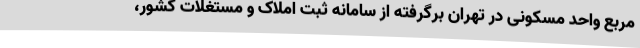
مربع واحد مسکونی در تهران برگرفته از سامانه ثبت املاک و مستغلات کشور،